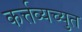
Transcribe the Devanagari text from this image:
कर्त्तव्यच्युत